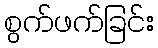
စွက်ဖက်ခြင်း